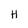
Character: H